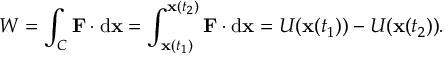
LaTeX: W = \int _ { C } \mathbf { F } \cdot \mathrm { d } \mathbf { x } = \int _ { \mathbf { x } ( t _ { 1 } ) } ^ { \mathbf { x } ( t _ { 2 } ) } \mathbf { F } \cdot \mathrm { d } \mathbf { x } = U ( \mathbf { x } ( t _ { 1 } ) ) - U ( \mathbf { x } ( t _ { 2 } ) ) .